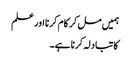
ہمیں مل کر کام کرنا اور علم
کا تبادلہ کرنا ہے۔